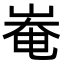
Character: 𡹛